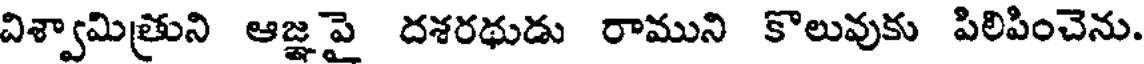
విశ్వామిత్రుని ఆజ్ఞపై దశరథుడు రాముని కొలువుకు పిలిపించెను.